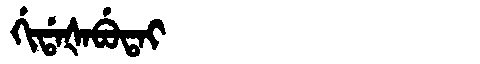
Manchu: ᡤᡳᡩᠠᡧᠠᠪᡠᡨᠠᡳ
Romanization: GIDAŠABUTAI